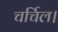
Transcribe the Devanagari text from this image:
चर्चिल।